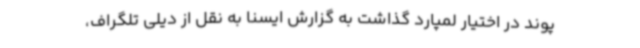
پوند در اختیار لمپارد گذاشت به گزارش ایسنا به نقل از دیلی تلگراف،